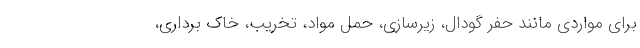
برای مواردی مانند حفر گودال، زیرسازی، حمل مواد، تخریب، خاک برداری،